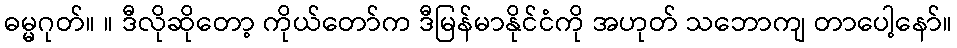
ဓမ္မဂုတ်။ ။ ဒီလိုဆိုတော့ ကိုယ်တော်က ဒီမြန်မာနိုင်ငံကို အဟုတ် သဘောကျ တာပေါ့နော်။